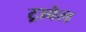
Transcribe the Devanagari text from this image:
ट्रावेल